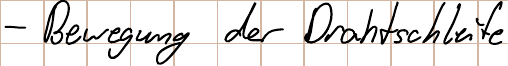
- Bewegung der Drahtschleife